Lunatic asylums Bombay report 1891-1903 - 1891-1903
Year: 1891
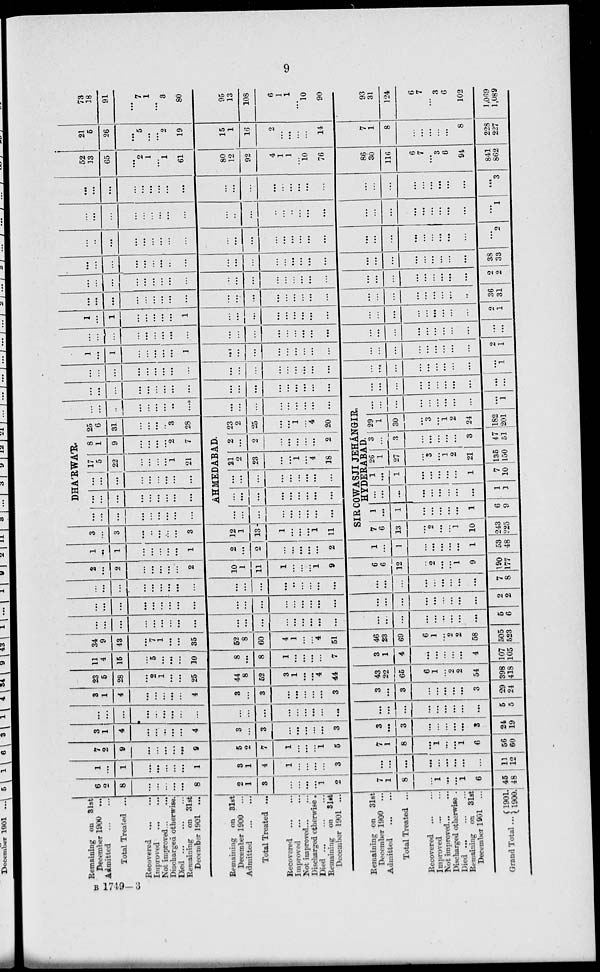
9
Remaining on 81st
December 1900 ...
Admitted ... ...
Total Treated ...
Recovered ...
...
Improved
...
...
Not improved... ...
Discharged otherwise.
Died... ... ...
Remaining on 31st
December 1901 ...
Remaining on 31st
December 1900 ...
Admitted ... ...
Total Treated ...
Recovered ... ...
Improved ... ...
Not improved... ...
Discharged otherwise.
Died... ... ...
Remaining on 31st
December 1901 ...
Remaining on 31st
December 1900 ...
Admitted ... ...
Total Treated ...
Recovered ... ...
Improved ... ...
Not improved ... ...
Discharged otherwise .
Died ... ... ...
Remaining on 31st
December 1901
Grand Total ...
1901.
1900.
6
2
8
...
...
...
...
...
8
2
1
3
...
...
...
...
1
2
7
1
8
...
1
...
...
1
6
45
48
1
...
1
...
...
...
...
...
1
3
1
4
1
...
...
...
...
3
...
...
...
...
...
...
...
...
...
11
12
7
2
9
...
...
...
...
...
9
5
2
7
1
...
...
...
1
5
7
1
8
...
1
...
...
1
6
56
60
3
1
4
...
...
...
...
...
4
3
...
3
...
...
...
...
...
3
3
...
3
...
...
...
...
...
3
24
19
...
...
...
...
...
...
...
...
...
...
...
...
...
...
...
...
...
...
...
...
...
...
...
...
...
...
...
5
5
3
1
4
...
...
...
...
...
4
3
...
3
...
...
...
...
...
3
3
...
3
...
...
...
...
...
3
29
24
23
5
28
...
2
1
...
...
25
44
8
52
3
1
...
...
4
44
43
22
65
6
1
...
2
2
54
398
418
11
4
15
...
5
...
...
...
10
34
9
43
...
7
1
...
...
35
8
...
8
1
...
...
...
...
7
3
1
4
...
...
...
...
...
4
107
105
52
8
60
4
1
...
...
4
51
46
23
69
6
1
...
2
2
58
505
523
...
...
...
...
...
...
...
...
...
...
...
...
...
...
...
...
...
...
...
...
...
...
...
...
...
...
...
5
6
...
...
...
...
...
...
...
...
...
...
...
...
...
...
...
...
...
...
...
...
...
...
...
...
...
...
...
2
2
...
...
...
...
...
...
...
...
...
2
...
2
...
...
...
...
...
2
...
...
...
...
...
...
...
...
...
...
...
...
...
...
...
...
7
8
10
1
11
1
...
...
...
1
9
6
6
12
2
...
...
1
9
190
177
1
...
1
...
...
...
...
...
1
2
...
2
...
...
...
...
...
2
1
...
1
...
...
...
...
1
53
48
3
...
3
...
...
...
...
...
3
12
1
13
1
...
...
...
1
11
DHA'RWA'R.
...
...
...
...
...
...
...
...
...
...
...
...
...
...
...
...
...
...
...
...
...
...
...
...
...
...
...
17
5
22
...
...
...
...
1
21
8
1
9
...
...
...
...
2
7
25
6
31
...
...
...
...
3
28
AHMEDABAD.
...
...
...
...
...
...
...
...
...
...
...
...
...
...
...
...
...
...
...
...
...
...
...
...
...
21
2
23
...
...
1
...
4
18
2
...
2
...
...
...
2
23
2
25
...
...
1
...
4
20
...
...
...
...
...
...
...
...
...
...
...
...
...
...
...
...
...
...
SIR COWASJI JEHÁNGIR,
HYDERABAD.
7
6
13
2
...
...
1
10
243
225
1
...
1
...
...
...
...
...
1
6
9
...
...
...
...
...
...
...
...
...
1
1
1
...
1
...
...
...
...
...
1
7
10
26
1
27
...
3
...
1
2
21
135
150
3
...
3
...
...
...
...
...
3
47
51
29
1
30
...
3
...
1
2
24
182
201
...
...
...
...
...
...
...
...
...
...
1
...
...
...
...
...
...
...
...
...
...
...
...
...
...
...
...
...
...
...
...
...
...
...
...
...
...
...
...
...
...
...
...
...
...
...
...
...
...
...
...
...
...
...
...
...
...
...
...
...
...
...
...
...
...
...
...
...
1
1
...
1
...
...
...
...
...
1
...
...
...
...
...
...
...
...
...
...
...
...
...
...
...
...
...
...
2
1
...
...
...
...
...
...
....
...
...
...
...
...
...
...
...
...
...
...
...
...
...
...
...
...
...
...
...
1
...
1
...
...
...
...
...
1
...
...
...
...
...
...
...
...
...
...
...
...
...
...
...
...
...
...
2
1
...
...
...
...
...
...
...
...
...
...
...
...
...
...
...
...
...
...
...
...
...
...
...
...
...
36
31
...
...
...
...
...
...
...
...
...
...
...
...
...
...
...
...
...
...
...
...
...
...
...
...
...
...
...
2
2
...
...
...
...
...
...
...
...
...
...
...
...
...
...
...
...
...
...
...
...
...
...
...
...
...
38
33
...
...
...
...
...
...
...
...
...
...
...
...
...
...
...
...
...
...
...
...
...
...
...
...
...
...
...
2
...
...
...
...
...
...
...
...
...
...
...
...
...
...
..
...
...
...
...
...
...
...
...
...
...
...
...
1
...
...
...
...
...
...
...
...
...
...
...
...
...
...
...
...
...
...
...
...
...
...
...
...
...
...
...
3
52
13
65
...
2
1
...
1
61
80
12
92
4
1
1
...
10
76
86
30
116
6
7
...
3
6
94
841
862
21
5
26
...
5
...
...
2
19
15
1
16
2
...
...
...
...
14
7
1
8
...
...
...
...
...
8
228
227
72
18
91
...
7
1
...
3
80
95
13
108
6
1
1
...
10
90
93
31
124
6
7
...
3
6
102
1,069
1,089
B 1749—3